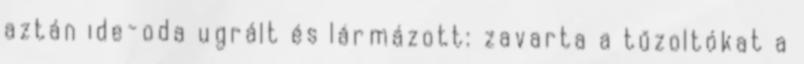
aztán ide-oda ugrált és lármázott: zavarta a tűzoltókat a